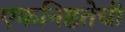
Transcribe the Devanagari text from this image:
एकनिष्ठतेची